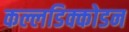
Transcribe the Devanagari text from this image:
कल्लडिक्कोडन